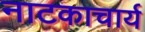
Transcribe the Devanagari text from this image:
नाटकाचार्य